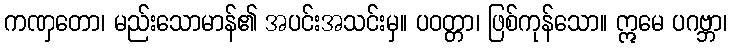
ကဏှတော၊ မည်းသောမာန်၏ အပင်းအသင်းမှ။ ပဝတ္တာ၊ ဖြစ်ကုန်သော။ ဣမေ ပဂဗ္ဘာ၊